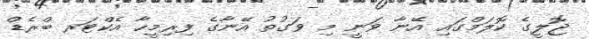
ޖޮލީގެ ކޮލަމްގައި އޭނާ ވަނީ މި ވަގުތު އޭނާގެ ފިރިމީހާ އެކްޓަރ ބްރެޑް